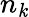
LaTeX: n_{\mathit{k}}